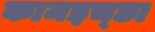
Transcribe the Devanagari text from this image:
कामइच्‍छा